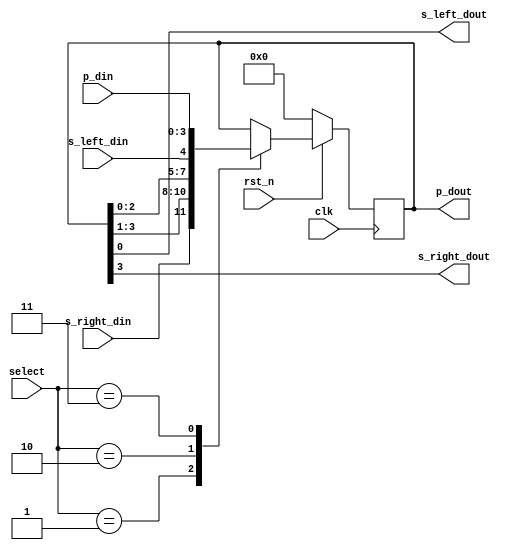
module universal_shift_reg(
  input clk, rst_n, 
  input [1:0] select, 
  input [3:0] p_din,  
  input s_left_din,
  input s_right_din,
  output reg [3:0] p_dout, 
  output s_left_dout,
  output s_right_dout
);
  always@(posedge clk) begin
    if(!rst_n) p_dout <= 0;
    else begin
      case(select)
        2'h1: p_dout <= {s_right_din,p_dout[3:1]}; // Right Shift
        2'h2: p_dout <= {p_dout[2:0],s_left_din};  // Left Shift
        2'h3: p_dout <= p_din; // Parallel in - Parallel out
        default: p_dout <= p_dout; // Do nothing
      endcase
    end
  end
  assign s_left_dout = p_dout[0];
  assign s_right_dout = p_dout[3];
endmodule